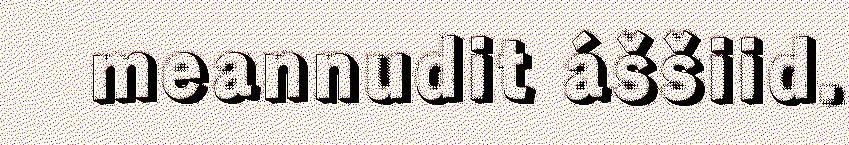
meannudit áššiid.